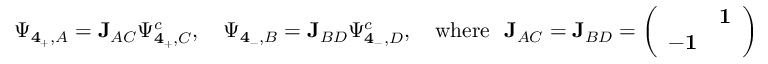
\Psi _ { { \bf 4 } _ { + } , A } = { \bf J } _ { A C } \Psi _ { { \bf 4 } _ { + } , C } ^ { c } , \quad \Psi _ { { \bf 4 } _ { - } , B } = { \bf J } _ { B D } \Psi _ { { \bf 4 } _ { - } , D } ^ { c } , \quad \mathrm { w h e r e ~ ~ } { \bf J } _ { A C } = { \bf J } _ { B D } = \left( \begin{array} { c c } { { } } & { { { \bf 1 } } } \\ { { - { \bf 1 } } } & { { } } \end{array} \right) .